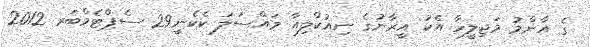
ގެ އާންމު މަޖިލީހާ އެކު އީރާނުގެ ނިއުކްލިއާ މައްސަލަ ކެކެނީ29 ސެޕްޓެމްބަރ 2012